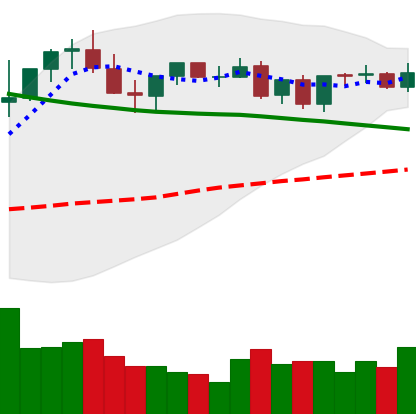
Ticker: TRX-USD
Chart end date: 2021-08-31
Forward return: 18.393%
Label: up_7plus